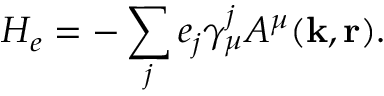
H _ { e } = - \sum _ { j } e _ { j } \gamma _ { \mu } ^ { j } A ^ { \mu } ( { \bf k } , { \bf r } ) .